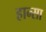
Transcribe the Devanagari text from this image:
हान्सा